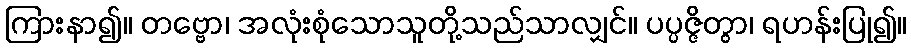
ကြားနာ၍။ တဗ္ဗော၊ အလုံးစုံသောသူတို့သည်သာလျှင်။ ပပ္ပဇ္ဇိတွာ၊ ရဟန်းပြု၍။